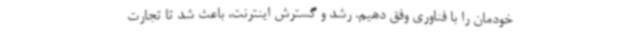
خودمان را با فناوری وفق دهیم. رشد و گسترش اینترنت، باعث شد تا تجارت